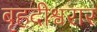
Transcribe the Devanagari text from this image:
बृहदीश्वरार